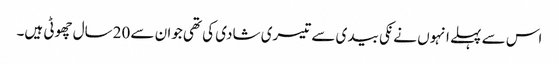
اس سے پہلے انہو ں نے نکی بیدی سے تیسری شادی کی تھی جوان سے 20سال چھوٹی ہیں۔